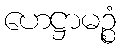
ဟေဋ္ဌာမဉ္စံ